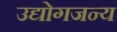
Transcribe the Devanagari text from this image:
उद्योगजन्य